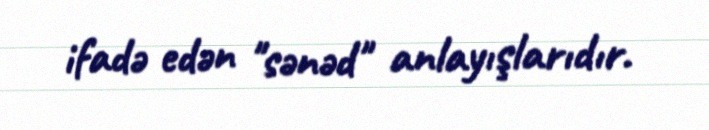
ifadə edən "sənəd" anlayışlarıdır.